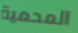
المحمية